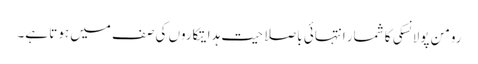
رومن پولانسکی کا شمار انتہائی باصلاحیت ہدایتکاروں کی صف میں ہوتا ہے۔